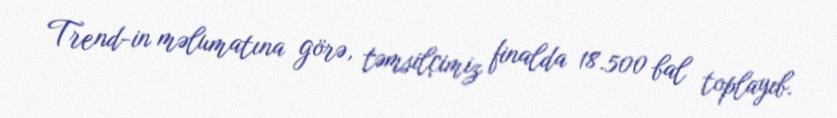
Trend-in məlumatına görə, təmsilçimiz finalda 18.500 bal toplayıb.